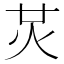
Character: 炗